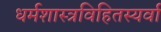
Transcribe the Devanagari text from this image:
धर्मशास्त्रविहितस्यर्वा